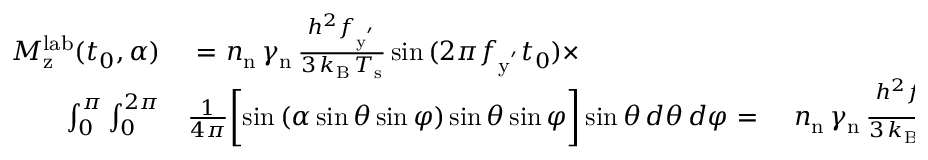
\begin{array} { r l r } { M _ { \mathrm { z } } ^ { \mathrm { l a b } } ( { t _ { 0 } , \alpha } ) } & { { } ~ { = } ~ n _ { \mathrm { n } } \, \gamma _ { \mathrm { n } } \, \frac { h ^ { 2 } f _ { \mathrm { y ^ { ' } } } } { 3 \, k _ { \mathrm { B } } \, T _ { \mathrm { s } } } \sin { ( 2 \pi f _ { \mathrm { y ^ { ' } } } t _ { 0 } ) } \times } \\ { \int _ { 0 } ^ { \pi } \int _ { 0 } ^ { 2 \pi } } & { { } \frac { 1 } { 4 \pi } \biggl [ \sin { ( \alpha \sin { \theta } \sin { \varphi } ) } \sin { \theta } \sin { \varphi } \biggr ] \sin { \theta } \, d \theta \, d \varphi \ { = } ~ } & { n _ { \mathrm { n } } \, \gamma _ { \mathrm { n } } \, \frac { h ^ { 2 } f _ { \mathrm { y ^ { ' } } } } { 3 \, k _ { \mathrm { B } } \, T _ { \mathrm { s } } } \sin { ( 2 \pi f _ { \mathrm { y ^ { ' } } } t _ { 0 } ) } \sqrt { \frac { \pi } { 2 \alpha } } \, J _ { 3 / 2 } ( \alpha ) , } \end{array}